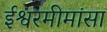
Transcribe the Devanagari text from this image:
ईश्वरमीमांसा